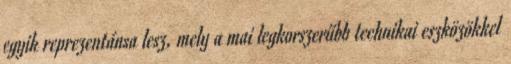
egyik reprezentánsa lesz, mely a mai legkorszerűbb technikai eszközökkel